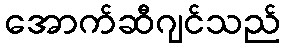
အောက်ဆီဂျင်သည်